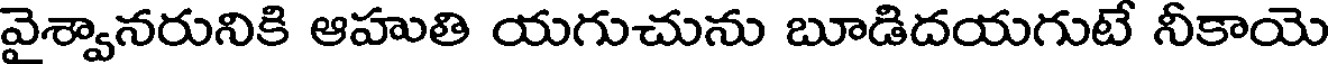
వైశ్వానరునికి ఆహుతి యగుచును బూడిదయగుటే నీకాయె